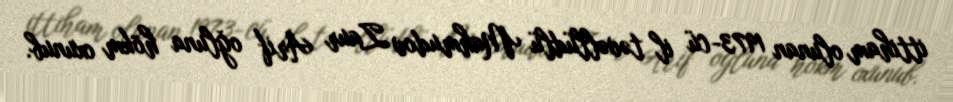
ittiham olunan 1973-cü il təvəllüdlü Mahmudov Zaur Arif oğluna hökm oxunub.